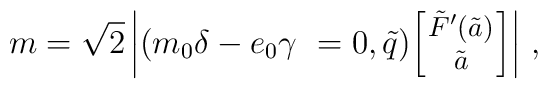
m = \sqrt{2} \left| (m_0 \delta-e_0 \gamma~=0, \tilde{q}){\footnotesize    \left[\!\!\begin{array}{c} \tilde{F}'(\tilde{a})\\ \tilde{a}    \end{array} \!\!\right]} \right| \, ,